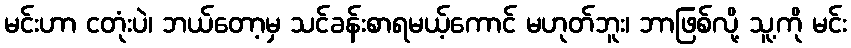
မင်းဟာ ငတုံးပဲ၊ ဘယ်တော့မှ သင်ခန်းစာရမယ့်ကောင် မဟုတ်ဘူး၊ ဘာဖြစ်လို့ သူ့ကို မင်း